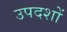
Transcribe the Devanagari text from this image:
उपदशों